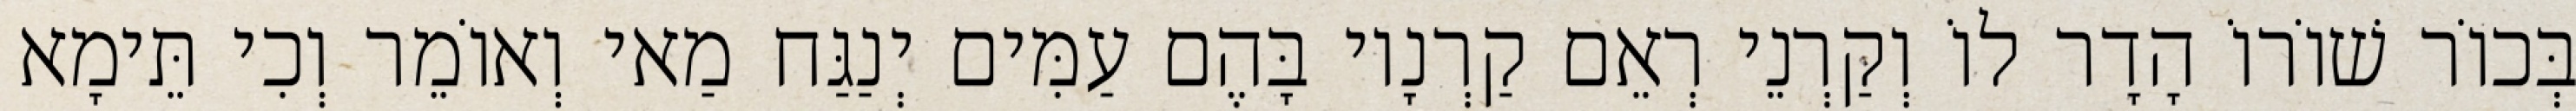
בְּכוֹר שׁוֹרוֹ הָדָר לוֹ וְקַרְנֵי רְאֵם קַרְנָיו בָּהֶם עַמִּים יְנַגַּח מַאי וְאוֹמֵר וְכִי תֵּימָא